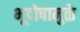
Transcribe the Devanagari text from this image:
भूदोषामुळे